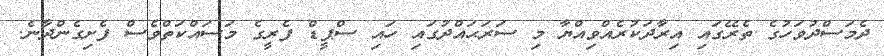
ދެމަސްދުވަހުގެ ތެރޭގައި އިރާދަކުރެއްވިއްޔާ މި ސަރަޙައްދުގައި ހައި ސްޕީޑް ފެރީގެ މަސައްކަތްވެސް ފެށިގެންދާނެ.